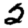
Digit: 2